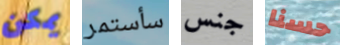
يمكن سأستمر جنس حسنا